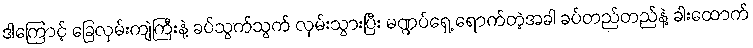
ဒါကြောင့် ခြေလှမ်းကျဲကြီးနဲ့ ခပ်သွက်သွက် လှမ်းသွားပြီး မဏ္ဍပ်ရှေ့ ရောက်တဲ့အခါ ခပ်တည်တည်နဲ့ ခါးထောက်